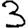
Digit: 3